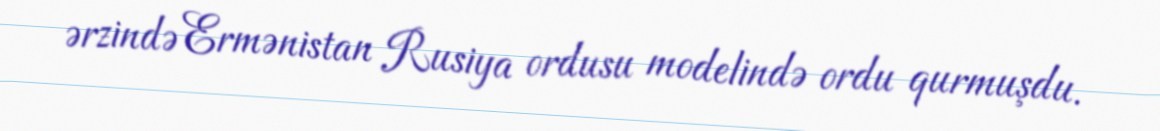
ərzində Ermənistan Rusiya ordusu modelində ordu qurmuşdu.